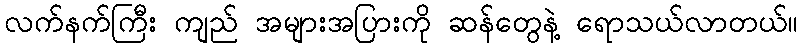
လက်နက်ကြီး ကျည် အများအပြားကို ဆန်တွေနဲ့ ရောသယ်လာတယ်။